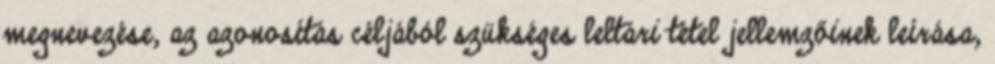
megnevezése, az azonosítás céljából szükséges leltári tétel jellemzőinek leírása,